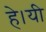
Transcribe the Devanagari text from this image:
हे।यी